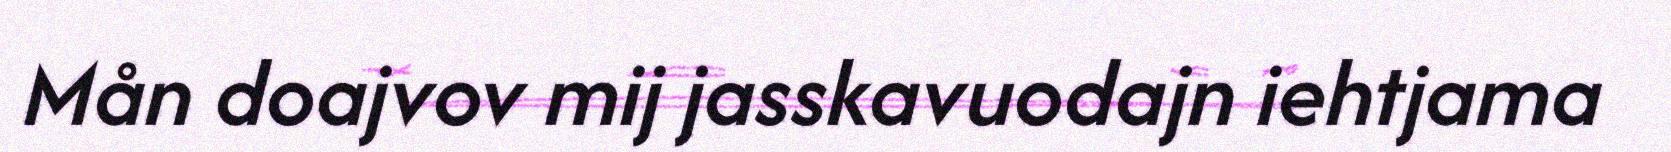
Mån doajvov mij jasskavuodajn iehtjama